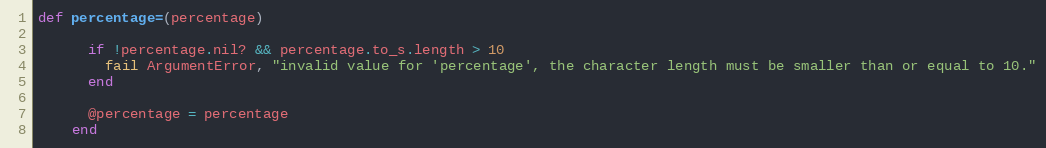
Language: Ruby
def percentage=(percentage)

      if !percentage.nil? && percentage.to_s.length > 10
        fail ArgumentError, "invalid value for 'percentage', the character length must be smaller than or equal to 10."
      end

      @percentage = percentage
    end